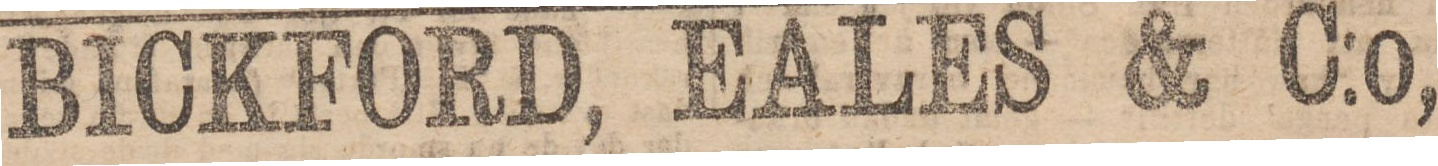
BICKFORD, EALES & C:o,